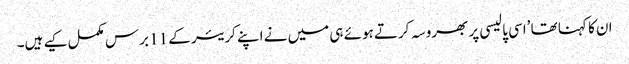
ان کا کہنا تھا ’اسی پالیسی پر بھروسہ کرتے ہوئے ہی میں نے اپنے کریئر کے 11 برس مکمل کیے ہیں۔